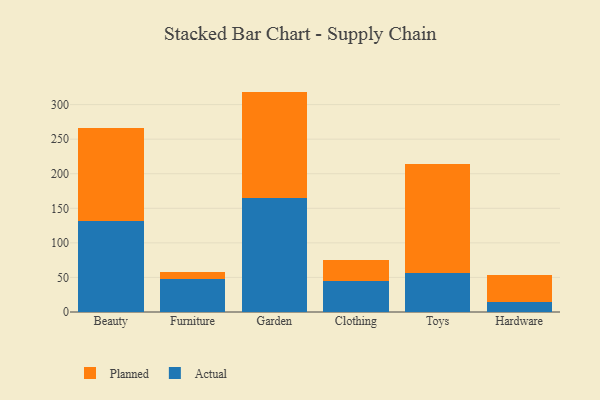
{"axis": {"x": "Category", "y": "Satisfaction Score"}, "legend": ["Actual", "Planned"], "data": [{"x": "Beauty", "y": 132.3, "type": "Actual"}, {"x": "Beauty", "y": 134.3, "type": "Planned"}, {"x": "Furniture", "y": 47.5, "type": "Actual"}, {"x": "Furniture", "y": 11.0, "type": "Planned"}, {"x": "Garden", "y": 165.2, "type": "Actual"}, {"x": "Garden", "y": 153.6, "type": "Planned"}, {"x": "Clothing", "y": 44.5, "type": "Actual"}, {"x": "Clothing", "y": 30.3, "type": "Planned"}, {"x": "Toys", "y": 56.4, "type": "Actual"}, {"x": "Toys", "y": 158.1, "type": "Planned"}, {"x": "Hardware", "y": 14.3, "type": "Actual"}, {"x": "Hardware", "y": 38.6, "type": "Planned"}]}